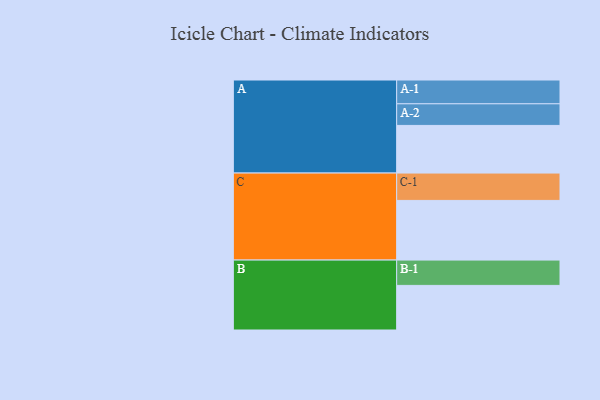
{"axis": {"x": "Segment", "y": "Value"}, "legend": ["", "A", "B", "C"], "data": [{"x": "A", "y": 348, "type": ""}, {"x": "B", "y": 326, "type": ""}, {"x": "C", "y": 436, "type": ""}, {"x": "A-1", "y": 174, "type": "A"}, {"x": "A-2", "y": 158, "type": "A"}, {"x": "B-1", "y": 185, "type": "B"}, {"x": "C-1", "y": 200, "type": "C"}]}